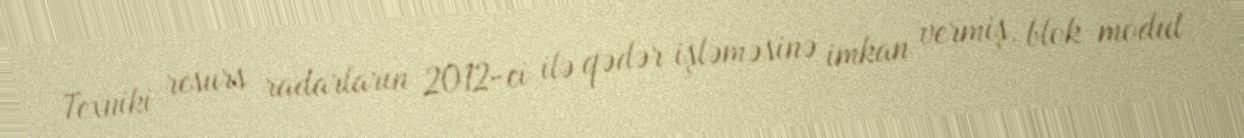
Texniki resurs radarların 2012-ci ilə qədər işləməsinə imkan vermiş, blok modul